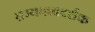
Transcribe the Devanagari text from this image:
सम्यक्त्वदर्शक